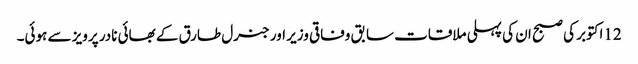
12اکتوبر کی صبح ان کی پہلی ملاقات سابق وفاقی وزیر اور جنرل طارق کے بھائی نادر پرویز سے ہوئی۔